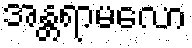
အန္တရာမလော